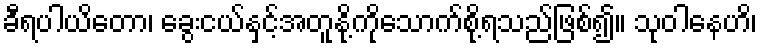
ခီရပါယိတော၊ ခွေးငယ်နှင့်အတူနို့ကိုသောက်စို့ရသည်ဖြစ်၍။ သုဝါနေဟိ၊